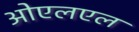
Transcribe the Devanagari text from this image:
ओएलएल